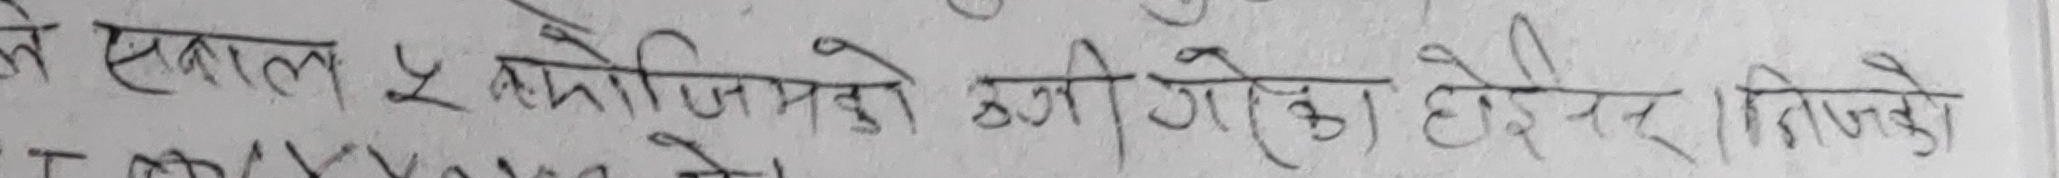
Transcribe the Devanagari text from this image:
ले एउटा ५ केजिम्सको बोरीगेको होइइन्द र तिनको